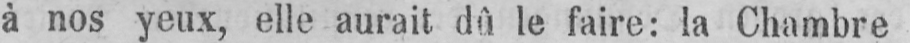
à nos yeux, elle aurait dû le faire: la Chambre